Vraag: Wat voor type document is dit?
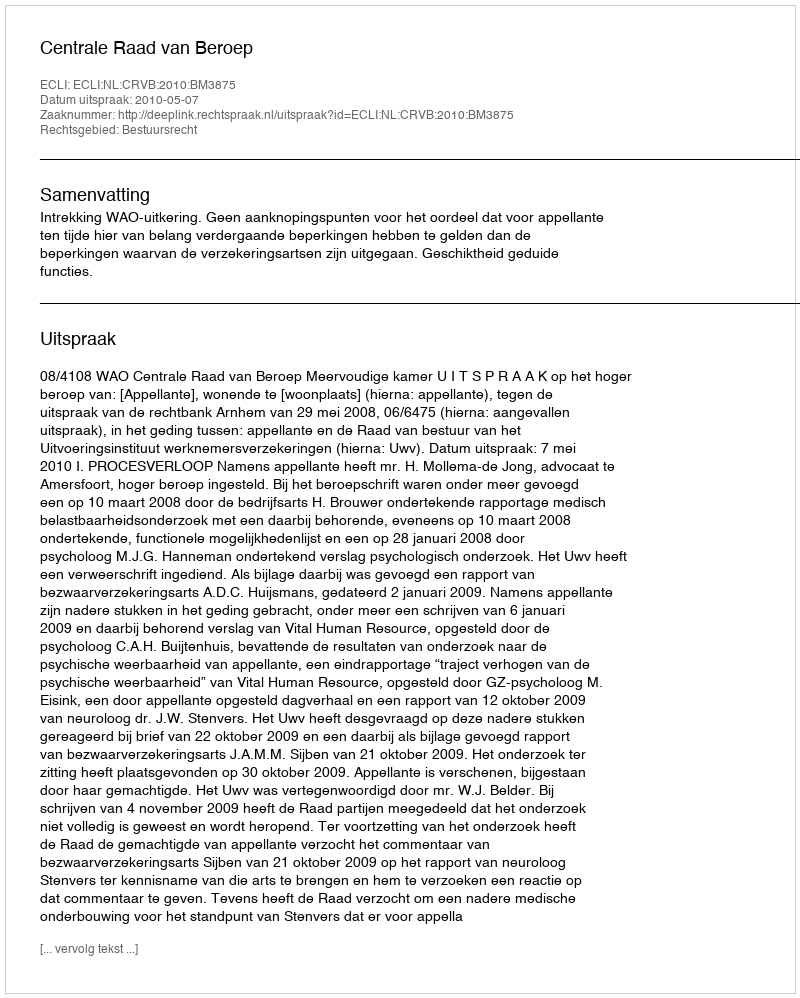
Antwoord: Uitspraak